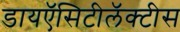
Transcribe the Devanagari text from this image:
डायऍसिटीलॅक्‍टीस